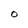
Character: O